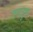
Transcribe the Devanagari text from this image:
जगद्रुरू